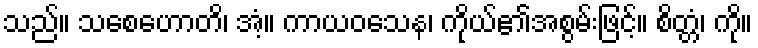
သည်။ သစေဟောတိ၊ အံ့။ ကာယဝသေန၊ ကိုယ်၏အစွမ်းဖြင့်။ စိတ္တံ၊ ကို။